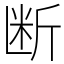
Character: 断